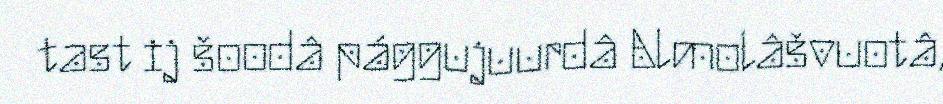
tast ij šoodâ pággujuurdâ Almolâšvuotâ,